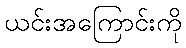
ယင်းအကြောင်းကို